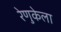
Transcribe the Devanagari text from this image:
रेणुकेला